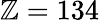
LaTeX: \mathbb{Z}=134